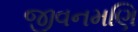
જીવનમણિ